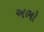
અભો